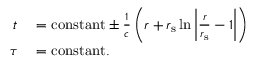
\begin{array} { r l } { t } & { { } = { \mathrm { c o n s t a n t } } \pm { \frac { 1 } { c } } \left( r + r _ { \mathrm { { s } } } \ln \left| { \frac { r } { r _ { \mathrm { { s } } } } } - 1 \right| \right) } \\ { \tau } & { { } = { \mathrm { c o n s t a n t } } . } \end{array}